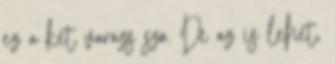
ez a ket varazs szo. De az is lehet,